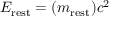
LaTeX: E _ { \mathrm { r e s t } } = ( m _ { \mathrm { r e s t } } ) c ^ { 2 }